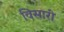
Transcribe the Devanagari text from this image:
विसारी